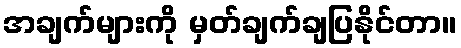
အချက်များကို မှတ်ချက်ချပြနိုင်တာ။